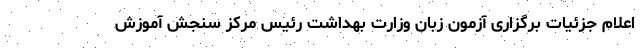
اعلام جزئیات برگزاری آزمون زبان وزارت بهداشت رئیس مرکز سنجش آموزش